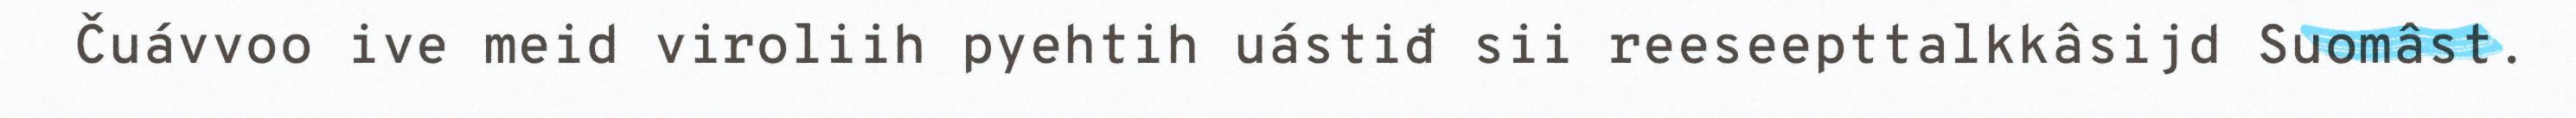
Čuávvoo ive meid viroliih pyehtih uástiđ sii reeseepttalkkâsijd Suomâst.